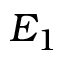
E _ { 1 }